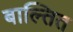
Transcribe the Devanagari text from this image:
बाल्तित